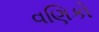
વણિકો